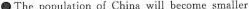
\bulletThe population of China will become smaller